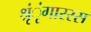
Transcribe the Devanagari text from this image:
श्रृंृंगाररस